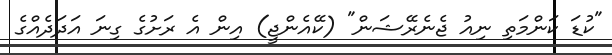
"ކުޑަ ކަންމަތި ނިއު ޖެނެރޭޝަން" (ކޭއެންޖީ) އިން އެ ރަށުގެ ގިނަ އަދަދެއްގެ